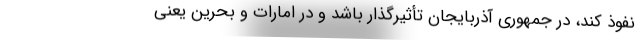
نفوذ کند، در جمهوری آذربایجان تأثیرگذار باشد و در امارات و بحرین یعنی